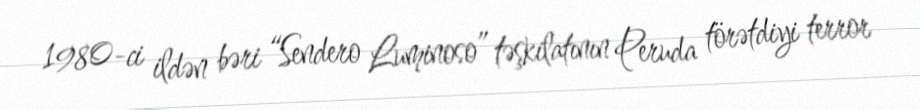
1980-ci ildən bəri “Sendero Luminoso” təşkilatının Peruda törətdiyi terror